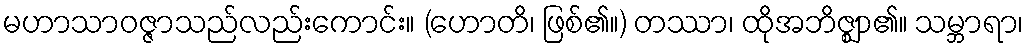
မဟာသာဝဇ္ဇာသည်လည်းကောင်း။ (ဟောတိ၊ ဖြစ်၏။) တဿာ၊ ထိုအဘိဇ္ဈာ၏။ သမ္ဘာရာ၊